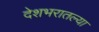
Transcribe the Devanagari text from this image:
देशभरातल्या